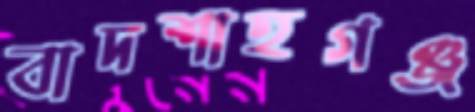
বাদশাহগঞ্জ